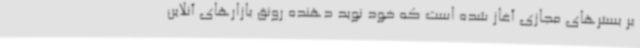
بر بسترهای مجازی آغاز شده است که خود نوید دهنده رونق بازارهای آنلاین